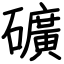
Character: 礦